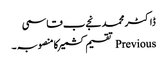
ڈاکٹر محمد نجےب قاسمی
Previous تقسیم کشمیرکامنصوبہ ۔